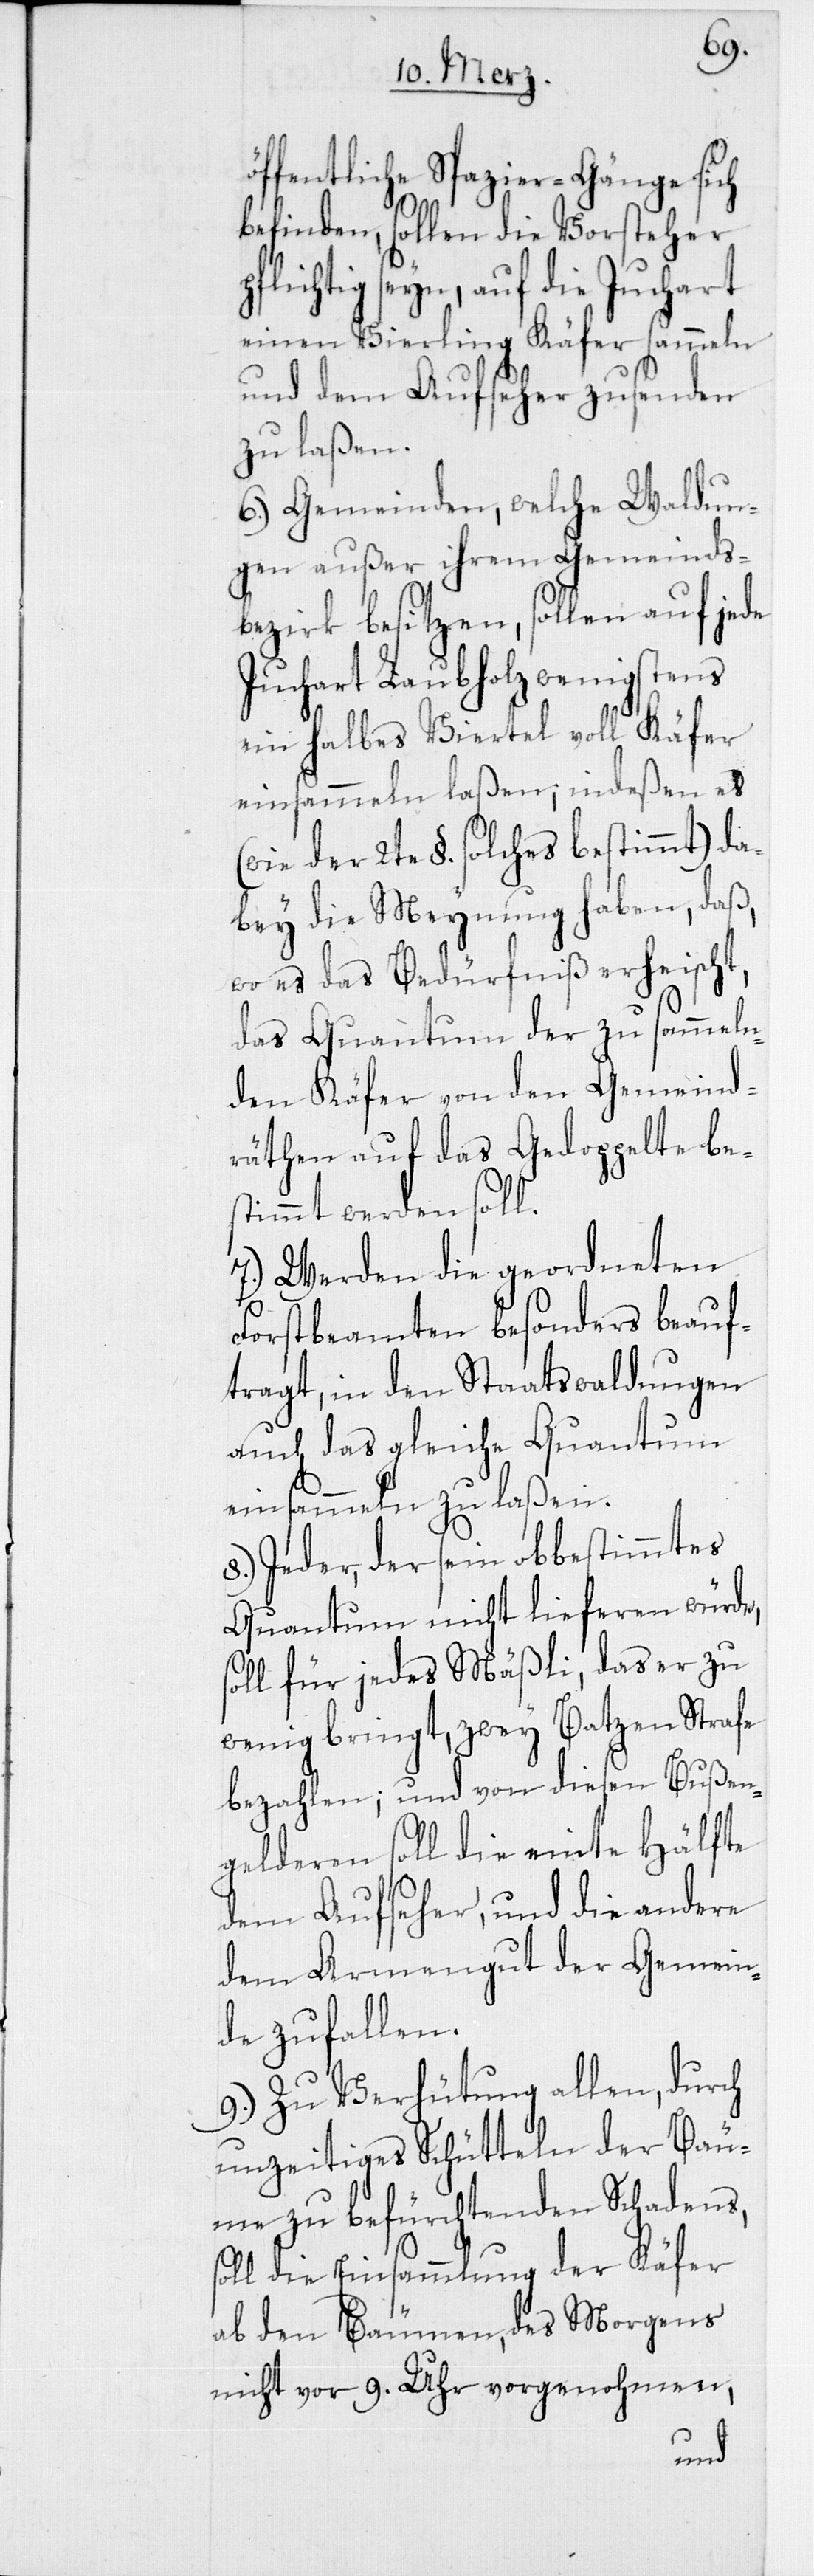
öffentliche Spazier-Gänge sich
befinden, sollen die Vorsteher
seyn, auf die Juchart
einen Vierling Käfer sammeln
und dem Aufseher zusenden
zu laßen.
6.) Gemeinden, welche Waldun¬
gen außer ihrem Gemeinds¬
bezirk besitzen, sollen auf jede
Juchart Laubholz wenigstens
ein halbes Viertel voll Käfer
einsammeln laßen; indeßen es
(wie der 2te §. solches bestimmt) da¬
bey die Meynung haben, daß,
wo es das Bedürfniß erheischt,
das Quantum der zu sammeln¬
den Käfer von den Gemeind¬
räthen auf das Gedoppelte be¬
stimmt werden soll.
7.) Werden die geordneten
Forstbeamten besonders beauf¬
tragt, in den Staatswaldungen
auch das gleiche Quantum
einsammeln zu laßen.
8.) Jeder, der sein obbestimmtes
Quantum nicht lieferen würde,
soll für jedes Mäßli, das er zu
wenig bringt, zwei Batzen Strafe
bezahlen; und von diesen Bußen¬
gelderen soll die einte Hälfte
dem Aufseher, und die andere
dem Armengut der Gemein¬
de zufallen.
9.) Zu Verhütung allen, durch
unzeitiges Schütteln der Bäu¬
me zu befürchtenden Schadens,
soll die Einsammlung der Käfer
ab den Bäumen, des Morgens
nicht vor 9. Uhr vorgenohmen,